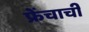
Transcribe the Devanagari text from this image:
फ्रेंचाची